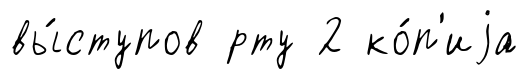
вы́ступов рту 2 ко́п'иjа